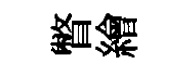
瞥繪